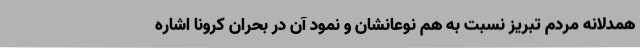
همدلانه مردم تبریز نسبت به هم نوعانشان و نمود آن در بحران کرونا اشاره